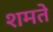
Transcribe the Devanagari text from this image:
शमते